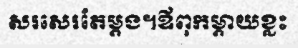
សរសេរតែម្តង។ឪពុកម្តាយខ្លះ